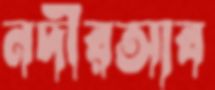
নদীরআব